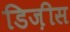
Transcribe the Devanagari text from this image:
डिज़ीस